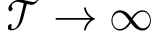
\mathcal T \rightarrow \infty